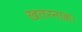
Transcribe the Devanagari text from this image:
खतरनाक।